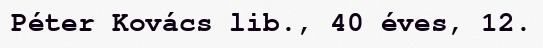
Péter Kovács lib., 40 éves, 12.